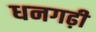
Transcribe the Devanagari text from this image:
धनगढ़ी